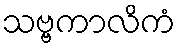
သဗ္ဗကာလိကံ